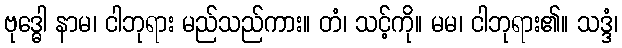
ဗုဒ္ဓေါ နာမ၊ ငါဘုရား မည်သည်ကား။ တံ၊ သင့်ကို။ မမ၊ ငါဘုရား၏။ သဒ္ဒံ၊